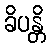
ခိပန္တိ